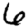
Digit: 6